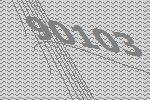
90103